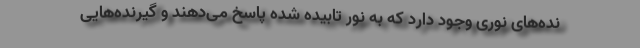
نده‌های نوری وجود دارد که به نور تابیده شده پاسخ می‌دهند و گیرنده‌هایی